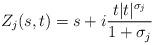
LaTeX: \begin{align*}Z_j(s,t)=s+i\frac{t|t|^{\sigma_j}}{1+\sigma_j}\end{align*}